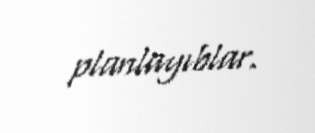
planlayıblar.